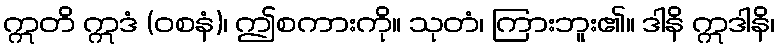
ဣတိ ဣဒံ (ဝစနံ)၊ ဤစကားကို။ သုတံ၊ ကြားဘူး၏။ ဒါနိ ဣဒါနိ၊